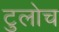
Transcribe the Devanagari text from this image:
टुलोच